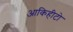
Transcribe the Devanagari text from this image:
आकिहीटो